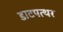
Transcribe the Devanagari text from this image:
डाटपत्थर